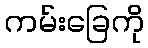
ကမ်းခြေကို